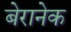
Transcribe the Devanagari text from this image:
बेरानेक